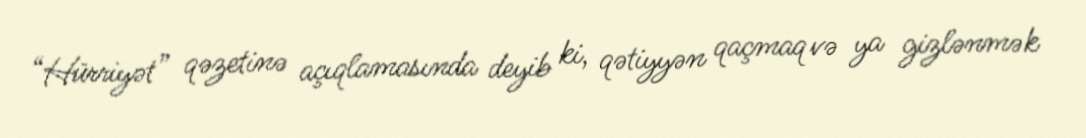
“Hürriyət” qəzetinə açıqlamasında deyib ki, qətiyyən qaçmaq və ya gizlənmək